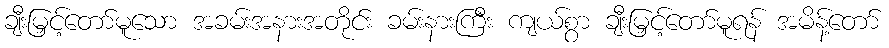
ချီးမြှင့်တော်မူသော အခမ်းအနားအတိုင်း ခမ်းနားကြီး ကျယ်စွာ ချီးမြှင့်တော်မူရန် အမိန့်တော်